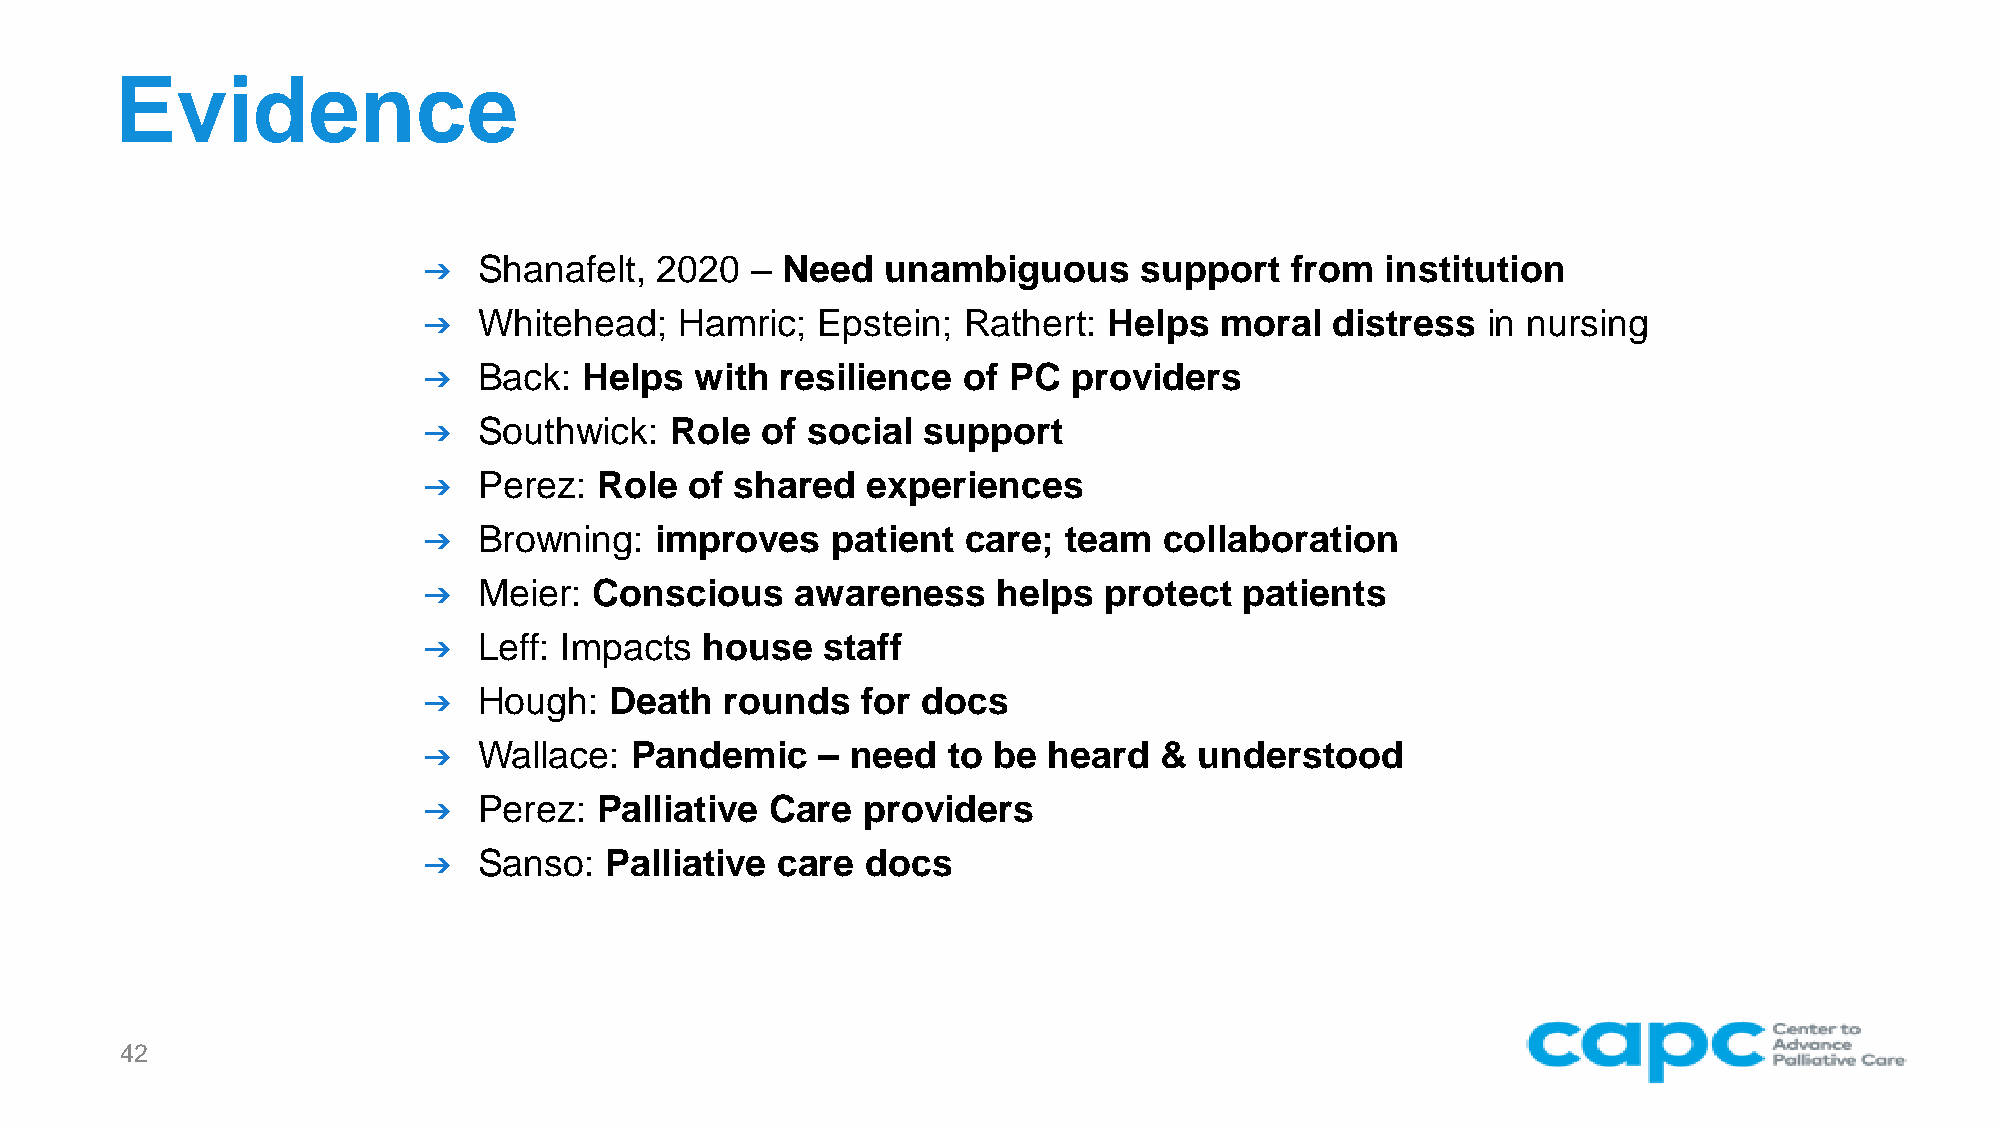
Evidence
 ➔   Shanafelt, 2020   – Need   unambiguous     support   from   institution
 ➔   Whitehead;   Hamric;  Epstein;  Rathert: Helps   moral  distress  in nursing
 ➔   Back:  Helps  with  resilience  of PC  providers
 ➔   Southwick:  Role  of social  support
 ➔   Perez: Role   of shared  experiences
 ➔   Browning:  improves    patient  care;  team  collaboration
 ➔   Meier: Conscious     awareness    helps  protect  patients
 ➔   Leff: Impacts house   staff
 ➔   Hough:  Death   rounds   for docs
 ➔   Wallace:  Pandemic    – need   to be heard   & understood
 ➔   Perez: Palliative  Care  providers
 ➔   Sanso:  Palliative care  docs
 42